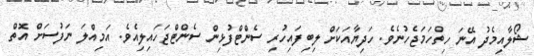
ޝޯލާއިމެދު އޭނަ ހިތްހަމަޖެހުނެވެ. ހަދިޔާއަކަށް ލިބިފައިހުރި ސެންޓްފުޅިން ސެންޓްޖަހައިލިއެވެ. އަމިއްލަ ނަފުސަށް އޮތް